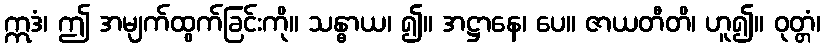
ဣဒံ၊ ဤ အမျက်ထွက်ခြင်းကို။ သန္ဓာယ၊ ၍။ အဋ္ဌာနေ၊ ပေ။ ဇာယတီတိ၊ ဟူ၍။ ဝုတ္တံ၊